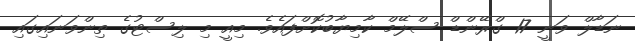
ނަޑާލް ވަނީ 17 ގްރޭންޑް ސްލޭމް ކާމިޔާބުކޮށްފައެވެ. މިއީ މި ލިސްޓުގެ ތިންވަނައިގައި